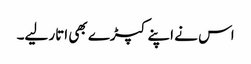
اس نے اپنے کپڑے بھی اتار لیے۔